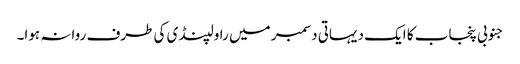
جنوبی پنجاب کا ایک دیہاتی دسمبر میں راولپنڈی کی طرف روانہ ہوا۔